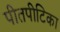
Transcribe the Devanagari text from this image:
पीतपीटिका